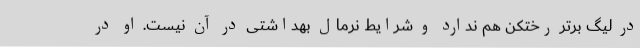
در لیگ برتر رختکن هم ندارد و شرایط نرمال بهداشتی در آن نیست. او در